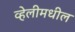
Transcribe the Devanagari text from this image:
व्हेलीमधील